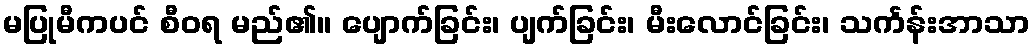
မပြုမီကပင် စီဝရ မည်၏။ ပျောက်ခြင်း၊ ပျက်ခြင်း၊ မီးလောင်ခြင်း၊ သင်္ကန်းအာသာ